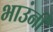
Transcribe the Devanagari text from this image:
भाउंनी